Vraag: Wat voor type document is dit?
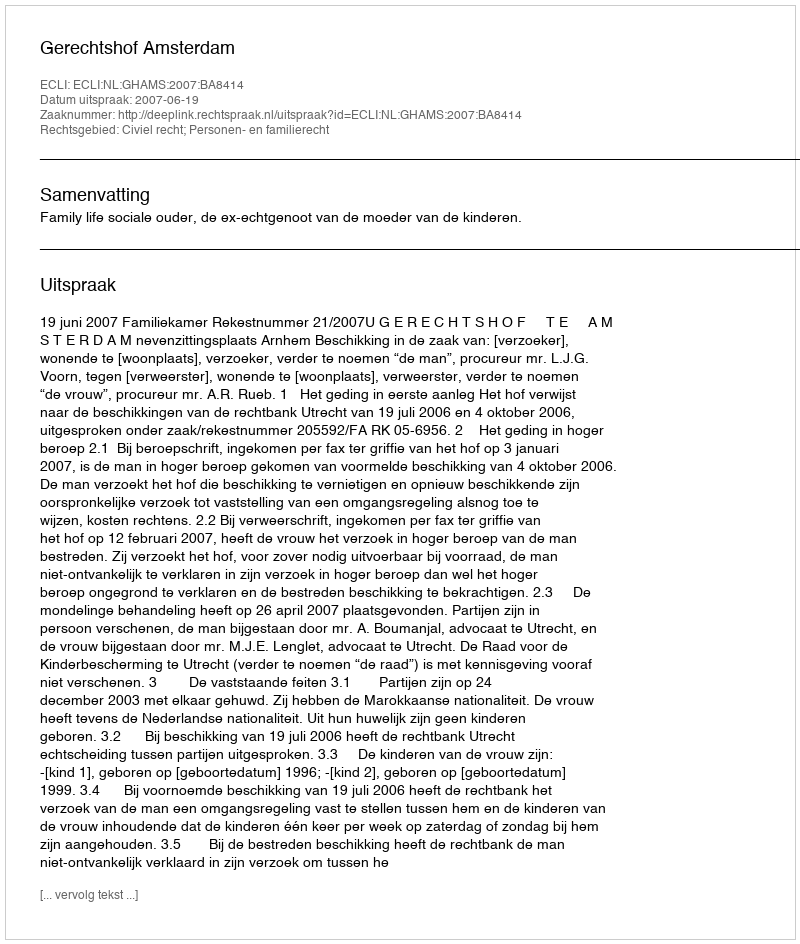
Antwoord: Uitspraak